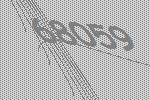
68059